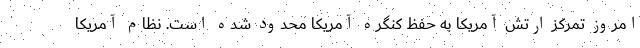
امروز تمرکز ارتش آمریکا به حفظ کنگره آمریکا محدود شده است. نظام آمریکا